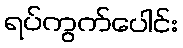
ရပ်ကွက်ပေါင်း